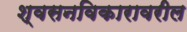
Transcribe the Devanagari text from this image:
श्वसनविकारावरील